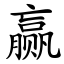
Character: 赢